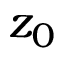
z _ { 0 }